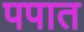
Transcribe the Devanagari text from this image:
पपात